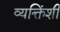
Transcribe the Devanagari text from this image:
व्यक्तिंशी